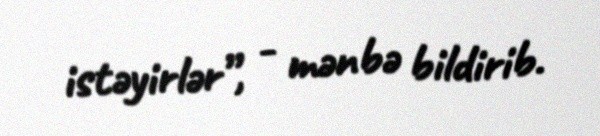
istəyirlər”, - mənbə bildirib.